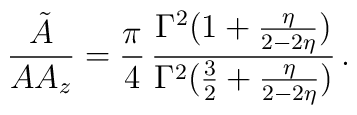
\frac{{\tilde A}}{A A_z}      =\frac{\pi}{4}\,        \frac{ \Gamma^2\big(1+\frac{\eta}{2-2\eta}\big)}            {\Gamma^2\big(\frac{3}{2}+\frac{\eta}{2-2\eta}\big)}\, .